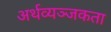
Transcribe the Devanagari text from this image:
अर्थव्यञ्जकता